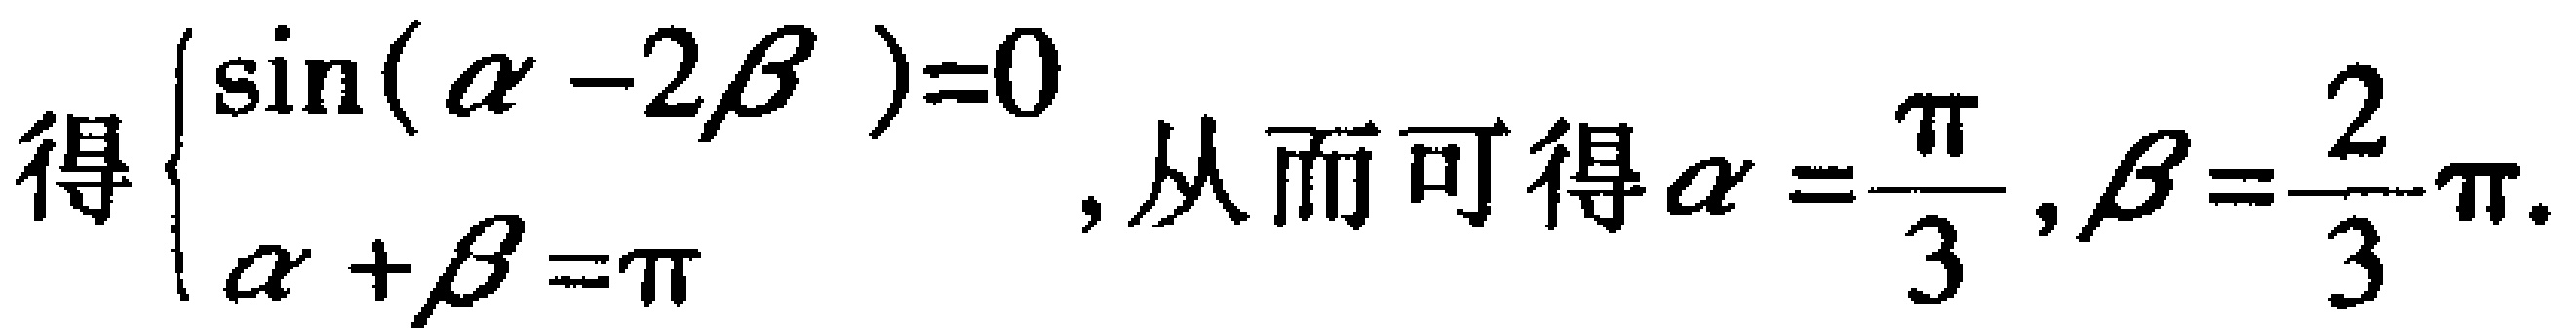
得$\begin{cases}\sin(\alpha - 2\beta)=0\\\alpha+\beta=\pi\end{cases}$, 从而可得$\alpha=\dfrac{\pi}{3},\beta=\dfrac{2}{3}\pi$.